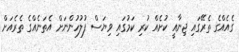
ގެއެއްގެ ތެރޭގައި ޖިނާއީ ކުށެއް ކުރި ކަމުގައި ވިޔަސް ފުލުހުންނަށް އެތަނެއްގެ ތެރެއަށް